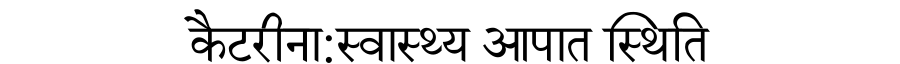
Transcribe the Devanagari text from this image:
कैटरीना:स्वास्थ्य आपात स्थिति